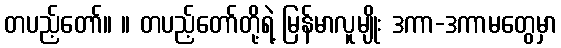
တပည့်တော်။ ။ တပည့်တော်တို့ရဲ့ မြန်မာလူမျိုး ဒကာ-ဒကာမတွေမှာ